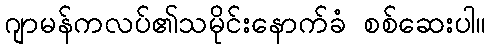
ဂျာမန်ကလပ်၏သမိုင်းနောက်ခံ စစ်ဆေးပါ။